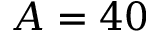
A = 4 0